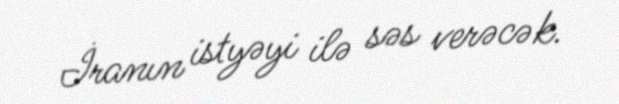
İranın istyəyi ilə səs verəcək.